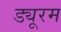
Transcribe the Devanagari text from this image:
ड्यूरम